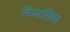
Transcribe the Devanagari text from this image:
मियासिस